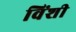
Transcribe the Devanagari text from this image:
विंशी